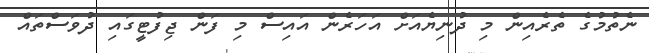
ނެތުމުގެ ތެރެއިން މި ދުނިޔެއަށް އަހަރެން އައިސް މި ފަން ޖިފުޓީގައި ދުވަސްތައް